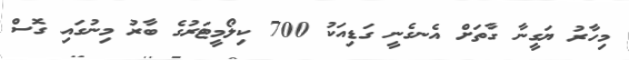
މިހާރު ޔަގީނާ ގާތަށް އެނގެނީ ގަޑިއަކު 700 ކިލޯމީޓަރުގެ ބާރު މިނުގައި ގޮސް